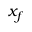
x _ { f }